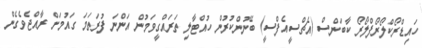
ހައިޑްރޯކްލޯރޯފްލޯރޯ ކާބަންސް (އެޗްސީއެފްސީ) ބޭނުންކުރުން ހުއްޓާލި ތަރައްގީވަމުން އަންނަ ފުރަތަމަ ގައުމަށް ރާއްޖެވެގެން